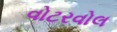
વોટરવોલ